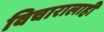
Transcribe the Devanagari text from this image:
विचारालाही